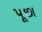
પૂછા